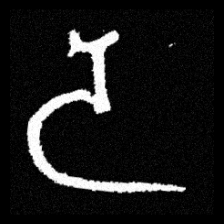
Pyu character \u2014 Myanmar letter: ဒ (romanized: da)